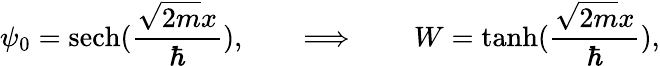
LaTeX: \psi_{0}=\mathrm{sech}({\frac{\sqrt{2m}x}{\hbar}}),\qquad\Longrightarrow\qquad W=\operatorname{tanh}({\frac{\sqrt{2m}x}{\hbar}}),